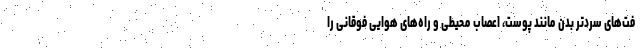
فت‌های سردتر بدن مانند پوست، اعصاب محیطی و راه‌های هوایی فوقانی را